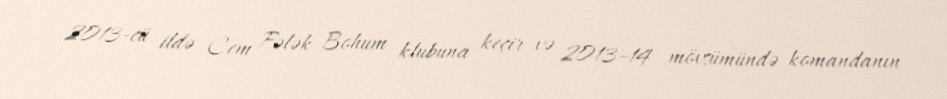
2013-cü ildə Cem Fələk Bohum klubuna keçir və 2013–14 mövsümündə komandanın